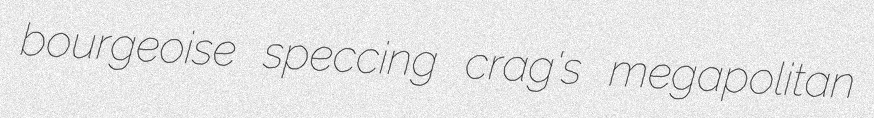
bourgeoise speccing crag's megapolitan